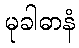
မုခါဓာနံ